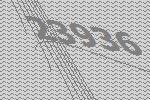
23936